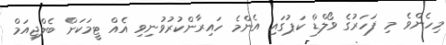
މިހެންވެ މި ފަހަރުގެ ވޯލްޑް ކަޕުގައި އެންމެ ހައިރާންކުރުވުނިވި އެއް ޓީމަކަށް ބެލްޖިއަމް